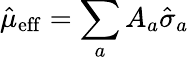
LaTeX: \hat{\mu}_{\mathrm{eff}}=\sum_{a}A_{a}\hat{\sigma}_{a}